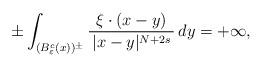
LaTeX: \begin{align*}\pm\int_{(B^c_\varepsilon(x))^\pm}\frac{\xi \cdot (x - y)}{\, |x-y|^{N+2s} \,}\,dy = +\infty,\end{align*}